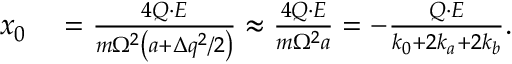
\begin{array} { r l } { x _ { 0 } } & { { } = \frac { 4 Q \cdot E } { m \Omega ^ { 2 } \left( a + \Delta q ^ { 2 } / 2 \right) } \approx \frac { 4 Q \cdot E } { m \Omega ^ { 2 } a } = - \frac { Q \cdot E } { k _ { 0 } + 2 k _ { a } + 2 k _ { b } } . } \end{array}